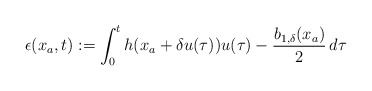
\begin{align*}\epsilon(x_a,t):= \int_0^t h(x_a+\delta u(\tau))u(\tau)-\dfrac{b_{1,\delta}(x_a)}{2} \,d\tau\end{align*}